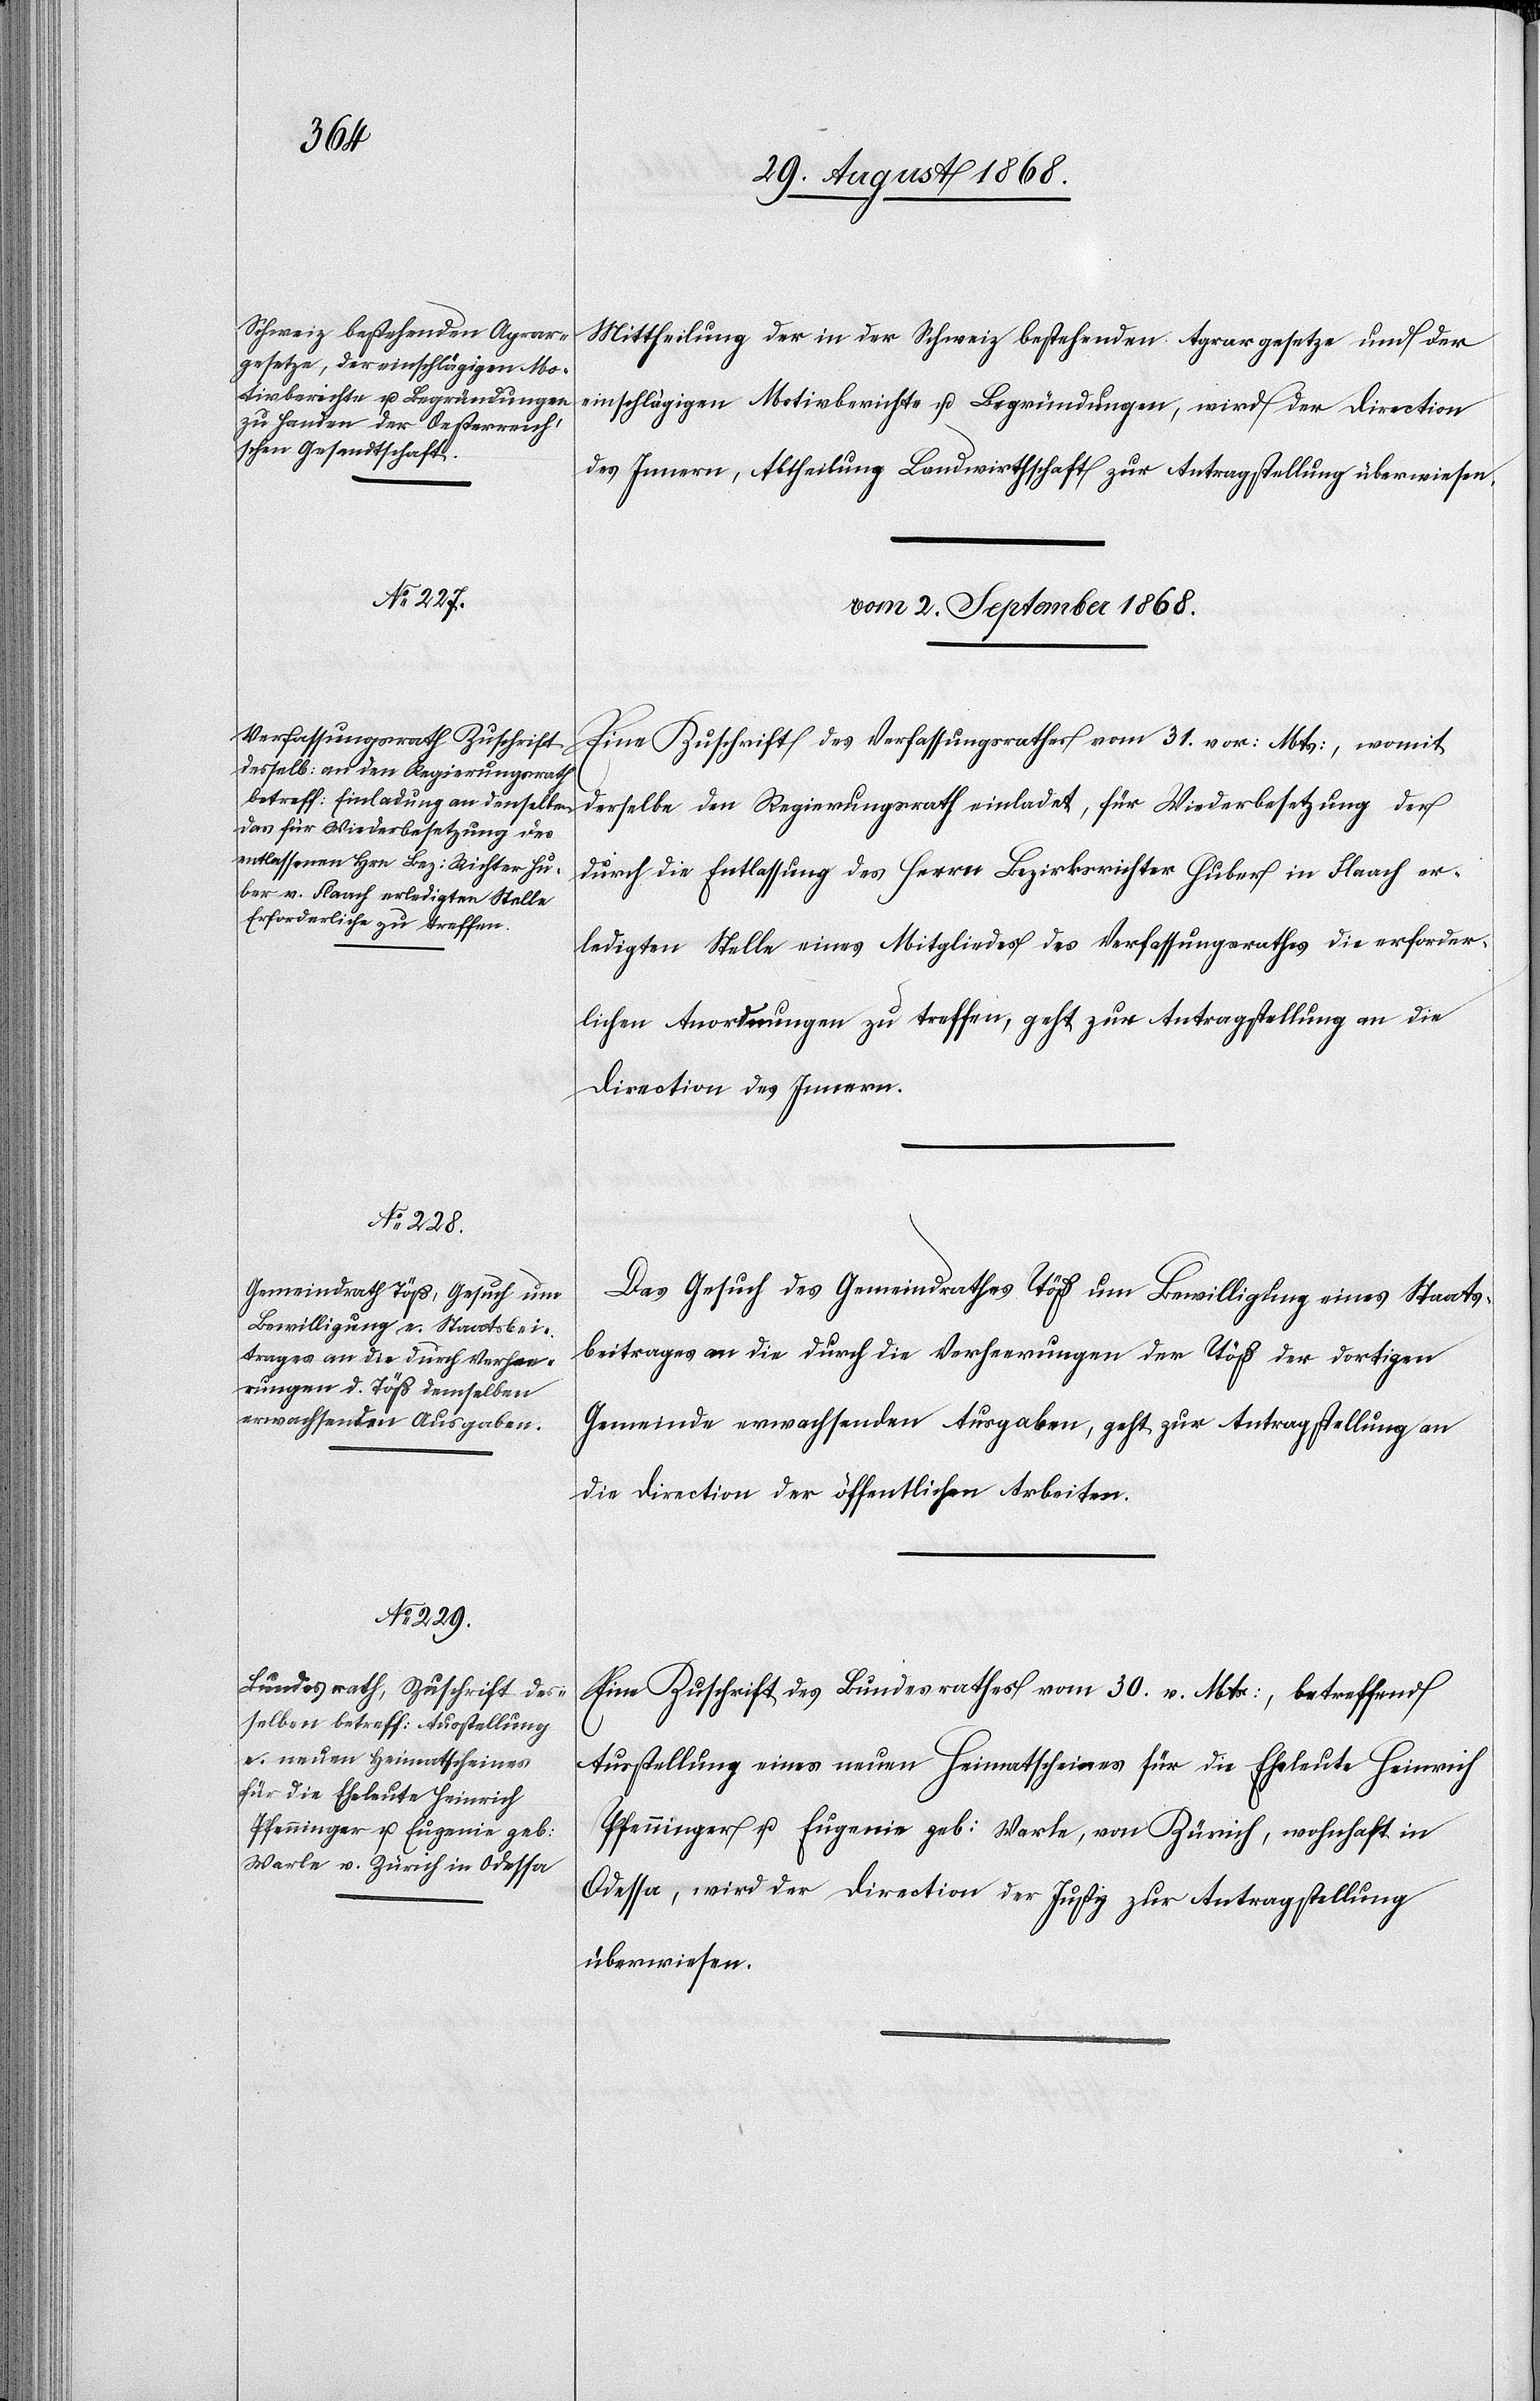
Mittheilung der in der Schweiz bestehenden Agrargesetze und der
einschlägigen Motivberichte u. Begründungen, wird der Direction
des Innern, Abtheilung Landwirthschaft zur Antragstellung überwiesen.
vom 2. September 1868.]
Eine Zuschrift des Verfassungsrathes vom 31. vor: Mts:, womit
derselbe den Regierungsrath einladet, für Wiederbesetzung der
durch die Entlassung des Herrn Bezirksrichter Huber in Flaach er¬
ledigten Stelle eines Mitgliedes des Verfassungsrathes die erforder¬
lichen Anordnungen zu treffen, geht zur Antragstellung an die
Direction des Innern.
Das Gesuch des Gemeindrathes Töß um Bewilligung eines Staats¬
beitrages an die durch die Verheerungen der Töß der dortigen
Gemeinde erwachsenden Ausgaben, geht zur Antragstellung an
die Direction der öffentlichen Arbeiten.
Eine Zuschrift des Bundesrathes vom 30. v. Mts:, betreffend
Ausstellung eines neuen Heimatscheines für die Eheleute Heinrich
Pfenninger u. Eugenie geb: Warle, von Zürich, wohnhaft in
Odessa, wird der Direction der Justiz zur Antragstellung
überwiesen.